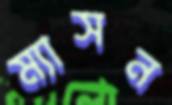
ম্যাসন